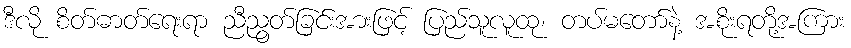
ဒီလို စိတ်ဓာတ်ရေးရာ ညီညွတ်ခြင်းအားဖြင့် ပြည်သူလူထု၊ တပ်မတော်နဲ့ အစိုးရတို့အကြား